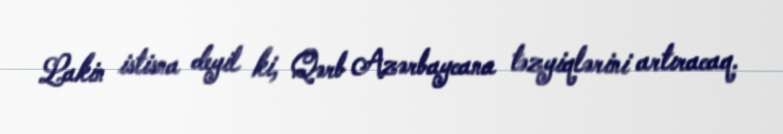
Lakin istisna deyil ki, Qərb Azərbaycana təzyiqlərini artıracaq.